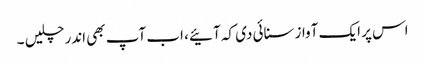
اس پر ایک آواز سنائی دی کہ آئیے ، اب آپ بھی اندر چلیں ۔